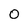
Character: 0